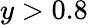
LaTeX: y>0.8